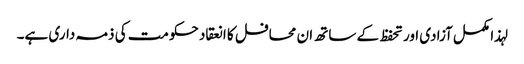
لہذا مکمل آزادی اور تحفظ کے ساتھ ان محافل کا انعقاد حکومت کی ذمہ داری ہے۔